Civil Veterinary Department. Madras. Admin. report 1926-33 - 1926-1933
Year: 1926
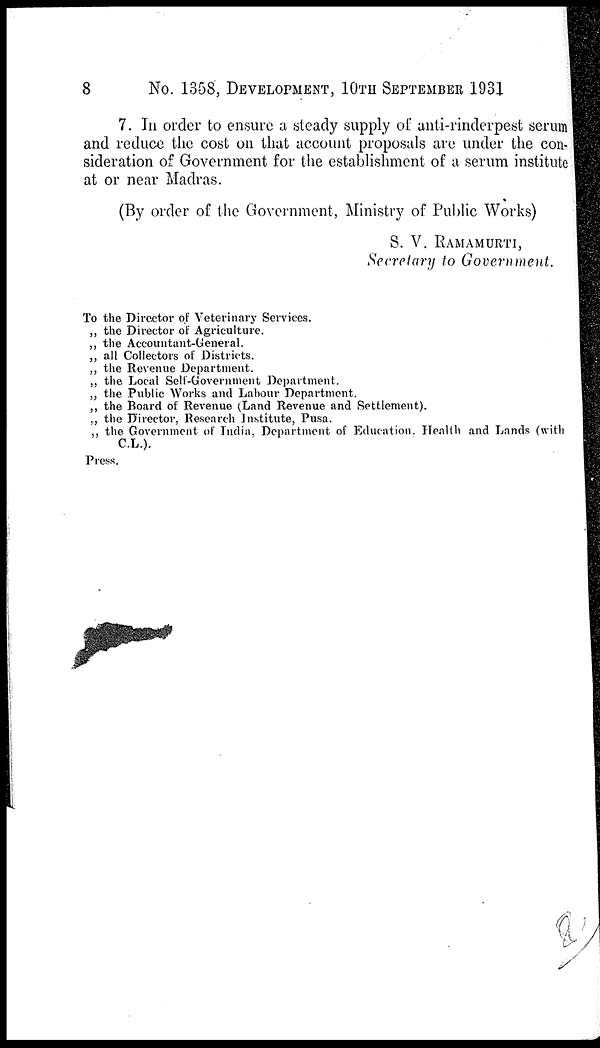
8
No. 1358, DEVELOPMENT, 10TH SEPTEMBER 1931
7. In order to ensure a steady supply of anti-rinderpest serum
and reduce the cost on that account proposals are under the con-
sideration of Government for the establishment of a serum institute
at or near Madras.
(By order of the Government, Ministry of Public Works)
S. V. RAMAMURTI,
Secretary to Government.
To the Director of Veterinary Services.
„ the Director of Agriculture.
„ the Accountant-General.
„ all Collectors of Districts.
„ the Revenue Department.
„ the Local Self-Government Department.
„ the Public Works and Labour Department.
„ the Board of Revenue (Land Revenue and Settlement).
„ the Director, Research Institute, Pusa.
„ the Government of India. Department of Education. Health and Lands (with
C.L.).
Press.